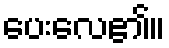
ပေးလေ၏။